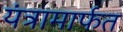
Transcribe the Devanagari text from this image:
यंत्रामार्फत